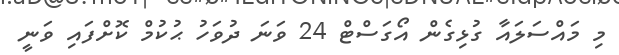
މި މައްސަލައާ ގުޅިގެން އޯގަސްޓް 24 ވަނަ ދުވަހު ޙުކުމް ކޮށްފައި ވަނީ